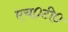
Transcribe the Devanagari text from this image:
एच०टी०